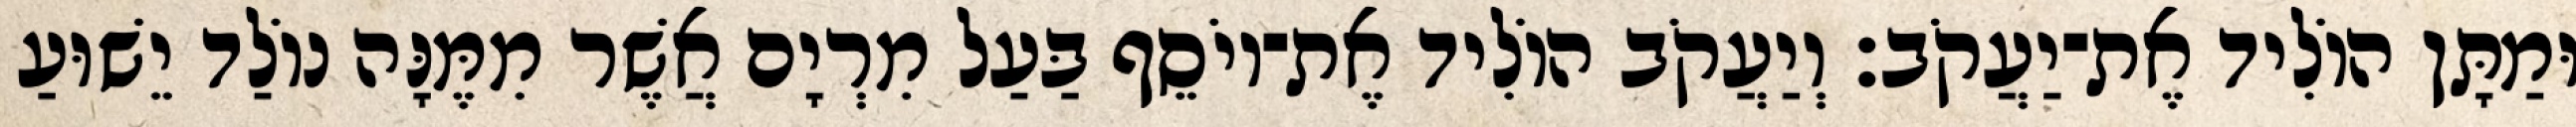
וּמַתָּן הוֹלִיד אֶת־יַעֲקֹב׃ וְיַעֲקֹב הוֹלִיד אֶת־יוֹסֵף בַּעַל מִרְיָם אֲשֶׁר מִמֶּנָּה נוֹלַד יֵשׁוּעַ